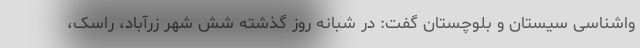
واشناسی سیستان و بلوچستان گفت: در شبانه روز گذشته شش شهر زرآباد، راسک،